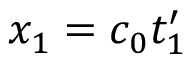
x _ { 1 } = c _ { 0 } t _ { 1 } ^ { \prime }